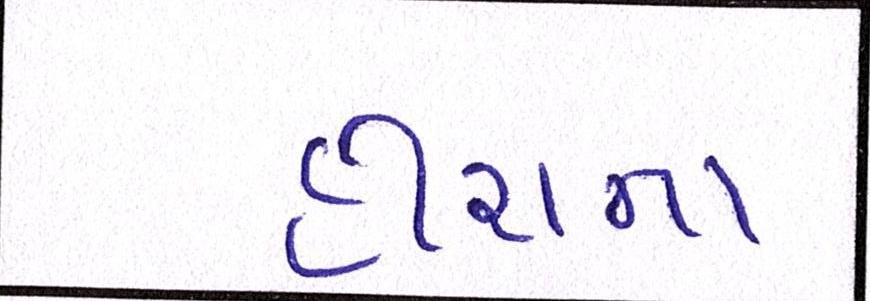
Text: હીરાના